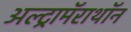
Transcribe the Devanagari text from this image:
अल्ट्रामॅराथॉन